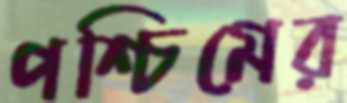
পশ্চিমের